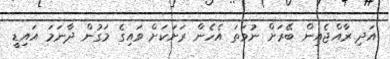
އަދި ރާއްޖެއިން ބޭރަށް ނުވަތަ އެހެން ރަށަކަށް ވައިގެ މަގުން ދާނަމަ އައިޑީ